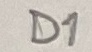
Text: D1